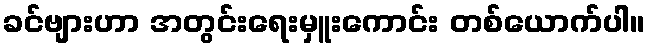
ခင်ဗျားဟာ အတွင်းရေးမှူးကောင်း တစ်ယောက်ပါ။